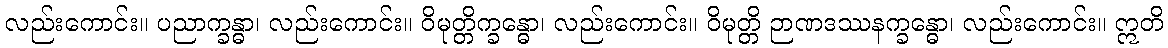
လည်းကောင်း။ ပညာက္ခန္ဓာ၊ လည်းကောင်း။ ဝိမုတ္တိက္ခန္ဓော၊ လည်းကောင်း။ ဝိမုတ္တိ ဉာဏဒဿနက္ခန္ဓော၊ လည်းကောင်း။ ဣတိ